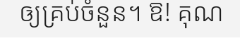
ឲ្យគ្រប់ចំនួន។ ឱ! គុណ